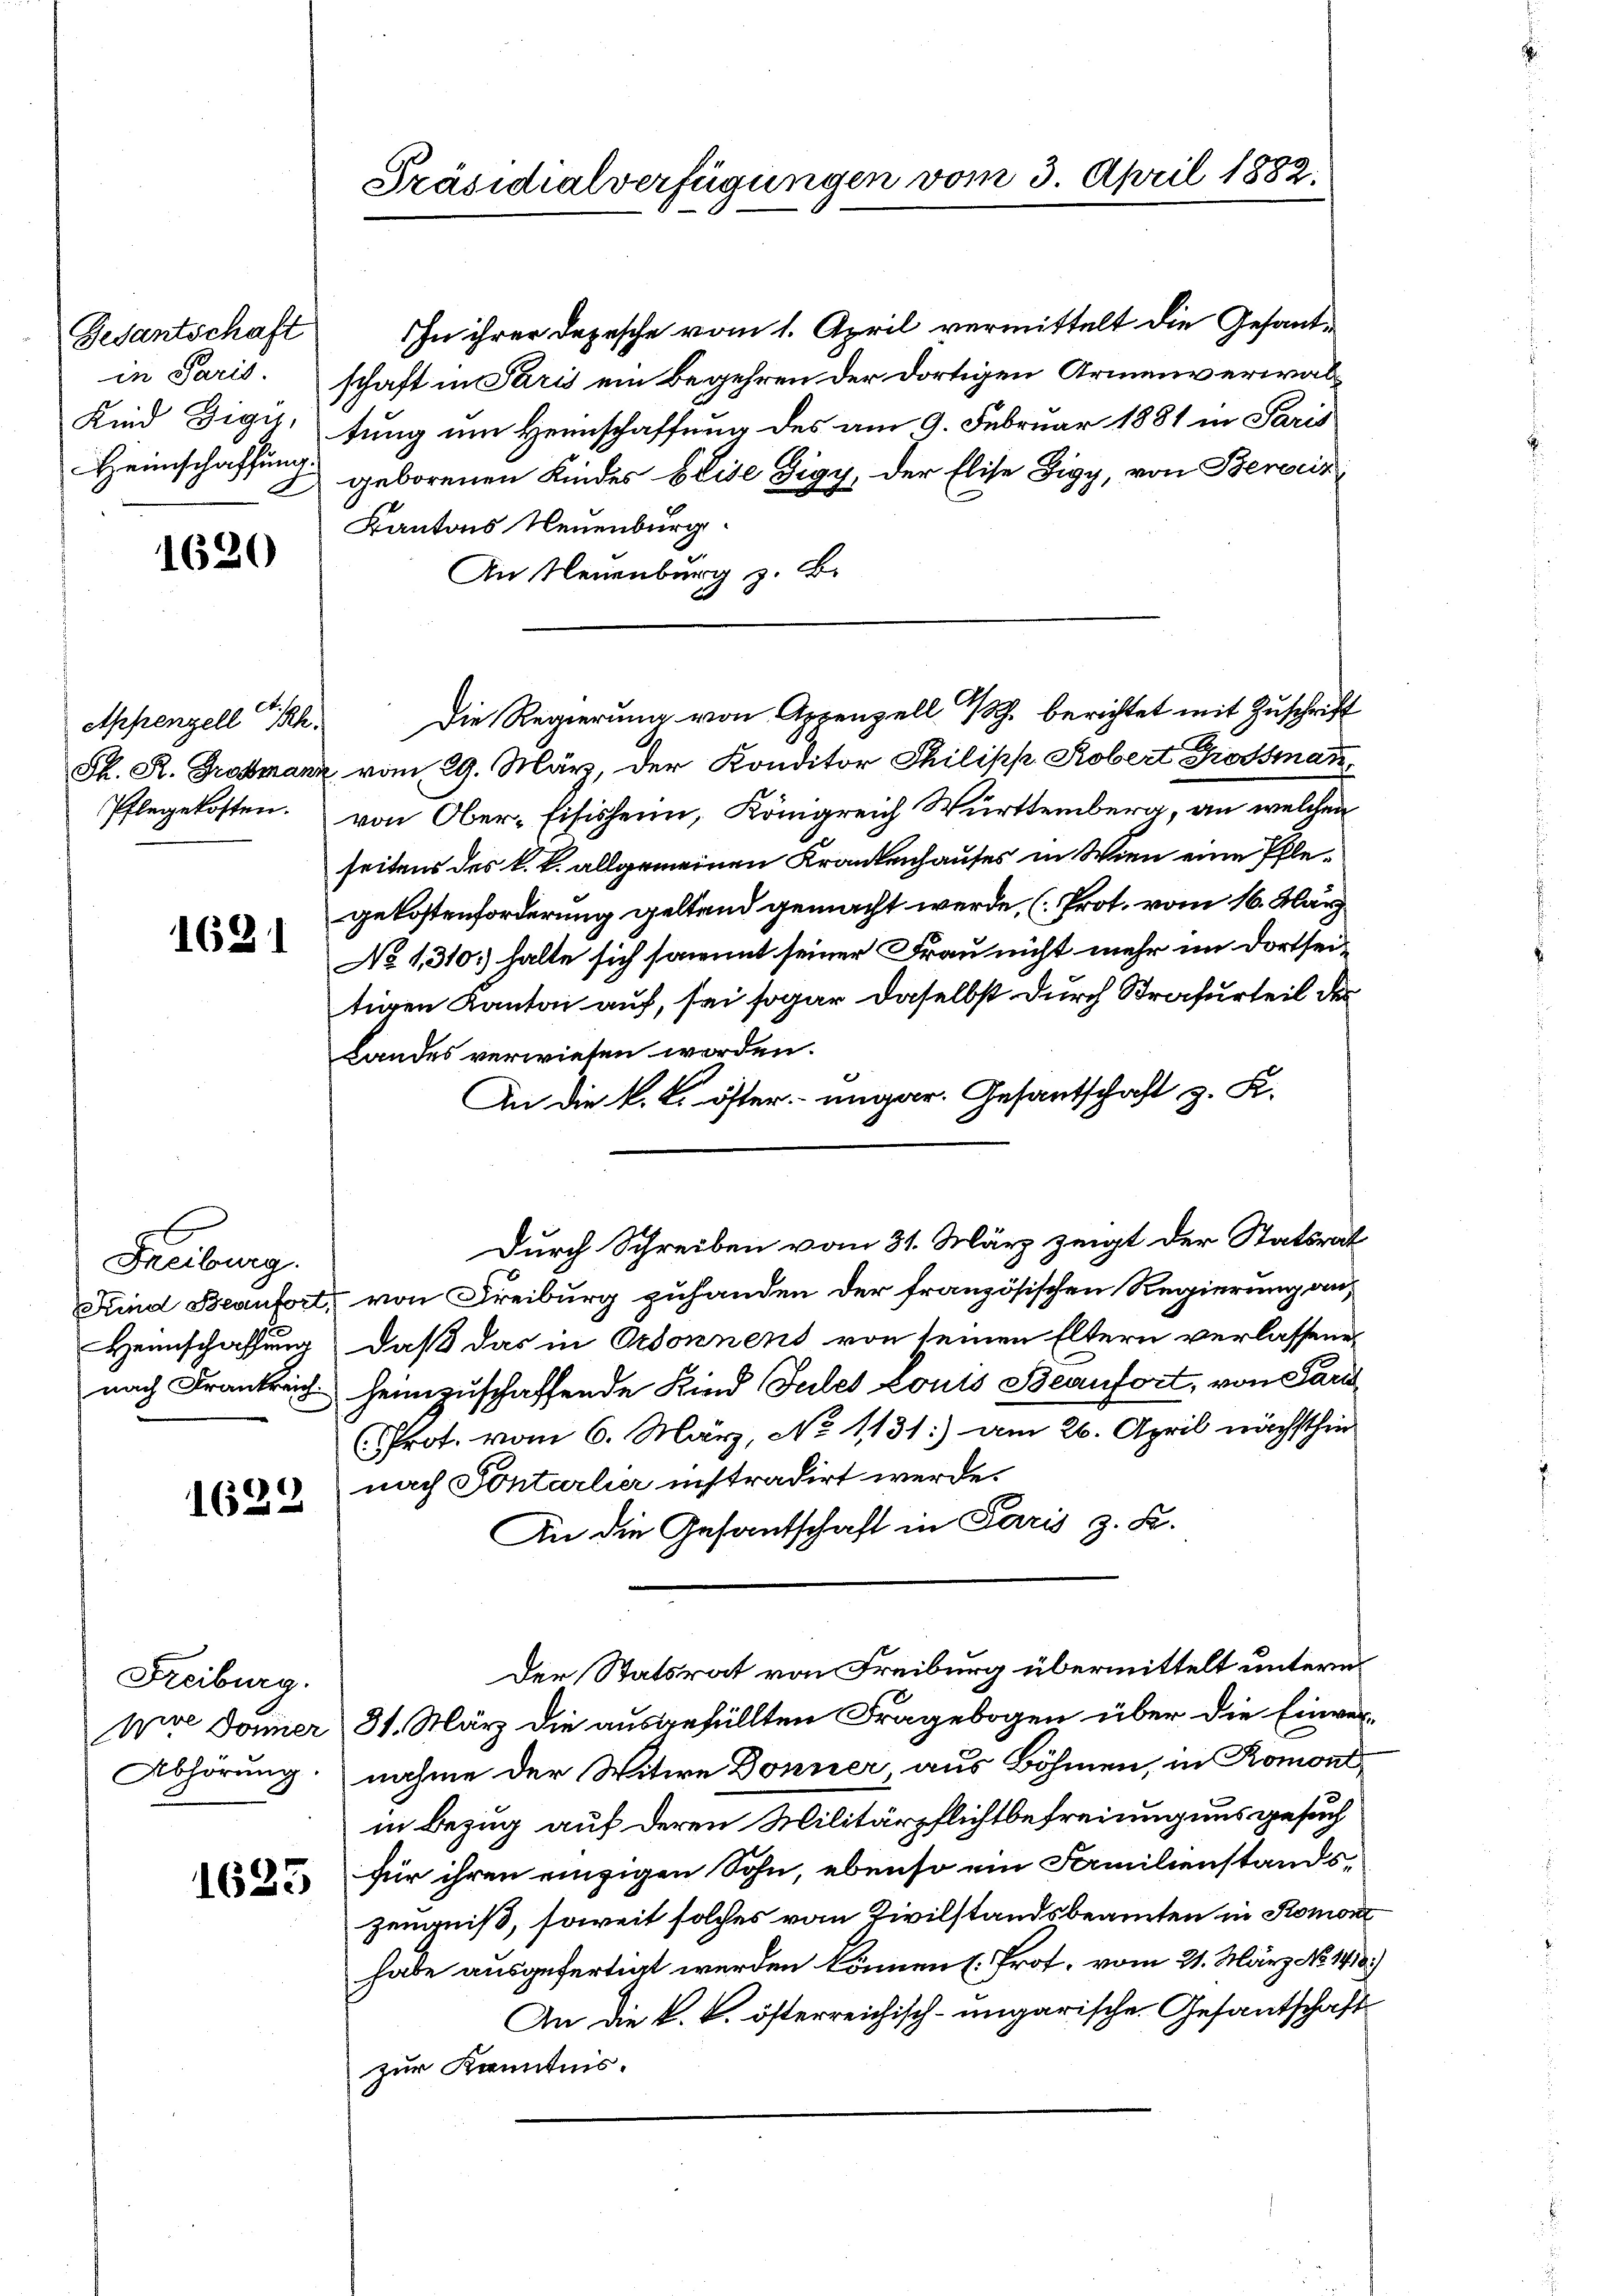
Gesantschaft
in Paris.
Kind Sigis,
Heimschaffung.
F

1620

Appenzell h.
Pflegekosten.

1621

Fauleug
Heimschaffung

1622

Freiburg.

1625

Präsidialverfügungen vom 3. April 1882.

In ihrer Depesche vom 1. April vermittelt die Gesantschaft in Paris ein Begehren der dortigen Armenverwaltung um Heimschaffung des am 9. Februar 1881 in Paris
geborenen Kindes Elise Zigy, der Elise Digy, von Berein
Kantons Neuenburg
An Neuenburg z. B.
Sk. R. Trostanz vom 29. März, der Konditor Philipp Kobert Grossmann,
von Ober-Eisisheim, Königreich Württemberg, an welchen
seitens des k. k. allgemeinen Krankenhauses in Wien eine Pflegekostenforderung geltend gemacht werde, (Prot. vom 16. März
No 1310) halte sich somit seiner Frau nicht mehr im Dortseitigen Kanton auf, sei sogar daselbst durch Strafurteil des
Landes verwiesen worden.
An die k. k. öster ungar. Gesantschaft z. K.
Kind Beaufort, von Freiburg zuhanden der französischen Regierung auf
daß das in Ordonnens von seinen Eltern verlassene
nach Frankreich heimzuschaffende Kind Jules Louis Beaufort, von Pari
(Prot. vom 6. März, No 1131:) am 26. April nächsthin
nach Pontarlier instradirt werde.
An die Gesantschaft in Paris z. K.
Der Statsrat von Freiburg übermittelt untern
pire Donner 31. März die ausgefüllten Fragebogen über die Einver-
Abhörung, nahme der Witwe Donner, aus Böhmen, in Romont,
in Bezug auf deren Militärpflichtbefreiung uns gesuch
für ihren einzigen Sohn, ebenso ein Familienstandszeugniß, soweit solches vom Civilstandsbeamten in Romon
habe ausgefertigt werden können (Prof. vom 21. März No. 1918.)
An die k. k. österreichisch-ungarische Gesantschaft
zur Kenntnis.

Die Regierung von Appenzell I/Rh. berichtet mit Zuschrift

Durch Schreiben vom 31. März zeigt der Statsrat